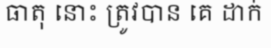
ធាតុ នោះ ត្រូវបាន គេ ដាក់